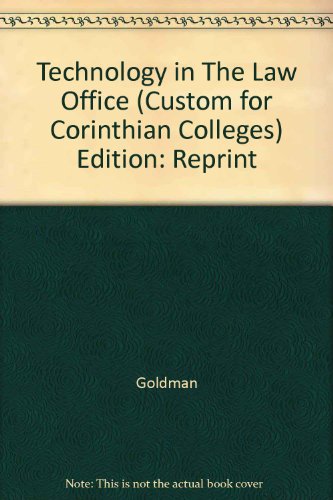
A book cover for Technology In The Law Office; Law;